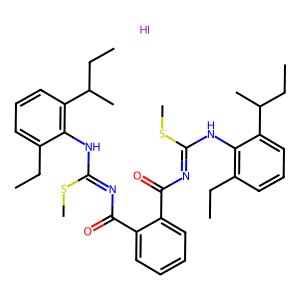
SMILES: CCc1cccc(C(C)CC)c1NC(=NC(=O)c1ccccc1C(=O)N=C(Nc1c(CC)cccc1C(C)CC)SC)SC.I
Inhibits HIV replication: No